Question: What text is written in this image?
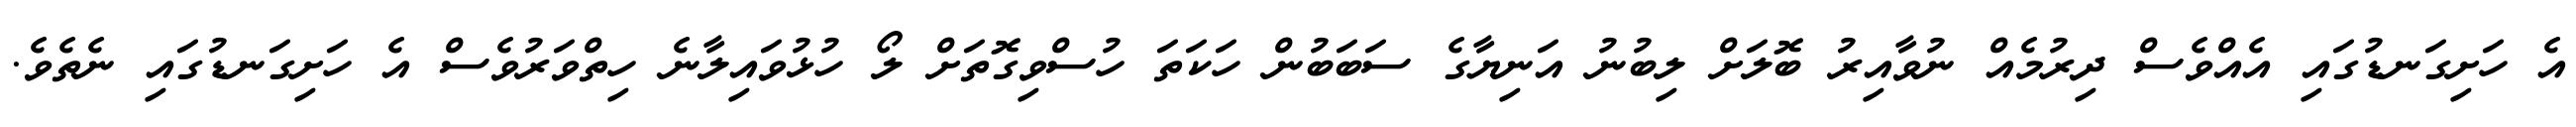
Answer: އެ ހަށިގަނޑުގައި އެއްވެސް ދިރުމެއް ނުވާއިރު ބޮލަށް ލިބުނު އަނިޔާގެ ސަބަބުން ހަކަތަ ހުސްވިގޮތަށް ލޯ ހުޅުވައިލާނެ ހިތްވަރުވެސް އެ ހަށިގަނޑުގައި ނެތެވެ.